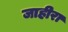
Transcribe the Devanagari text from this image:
जाहीरा